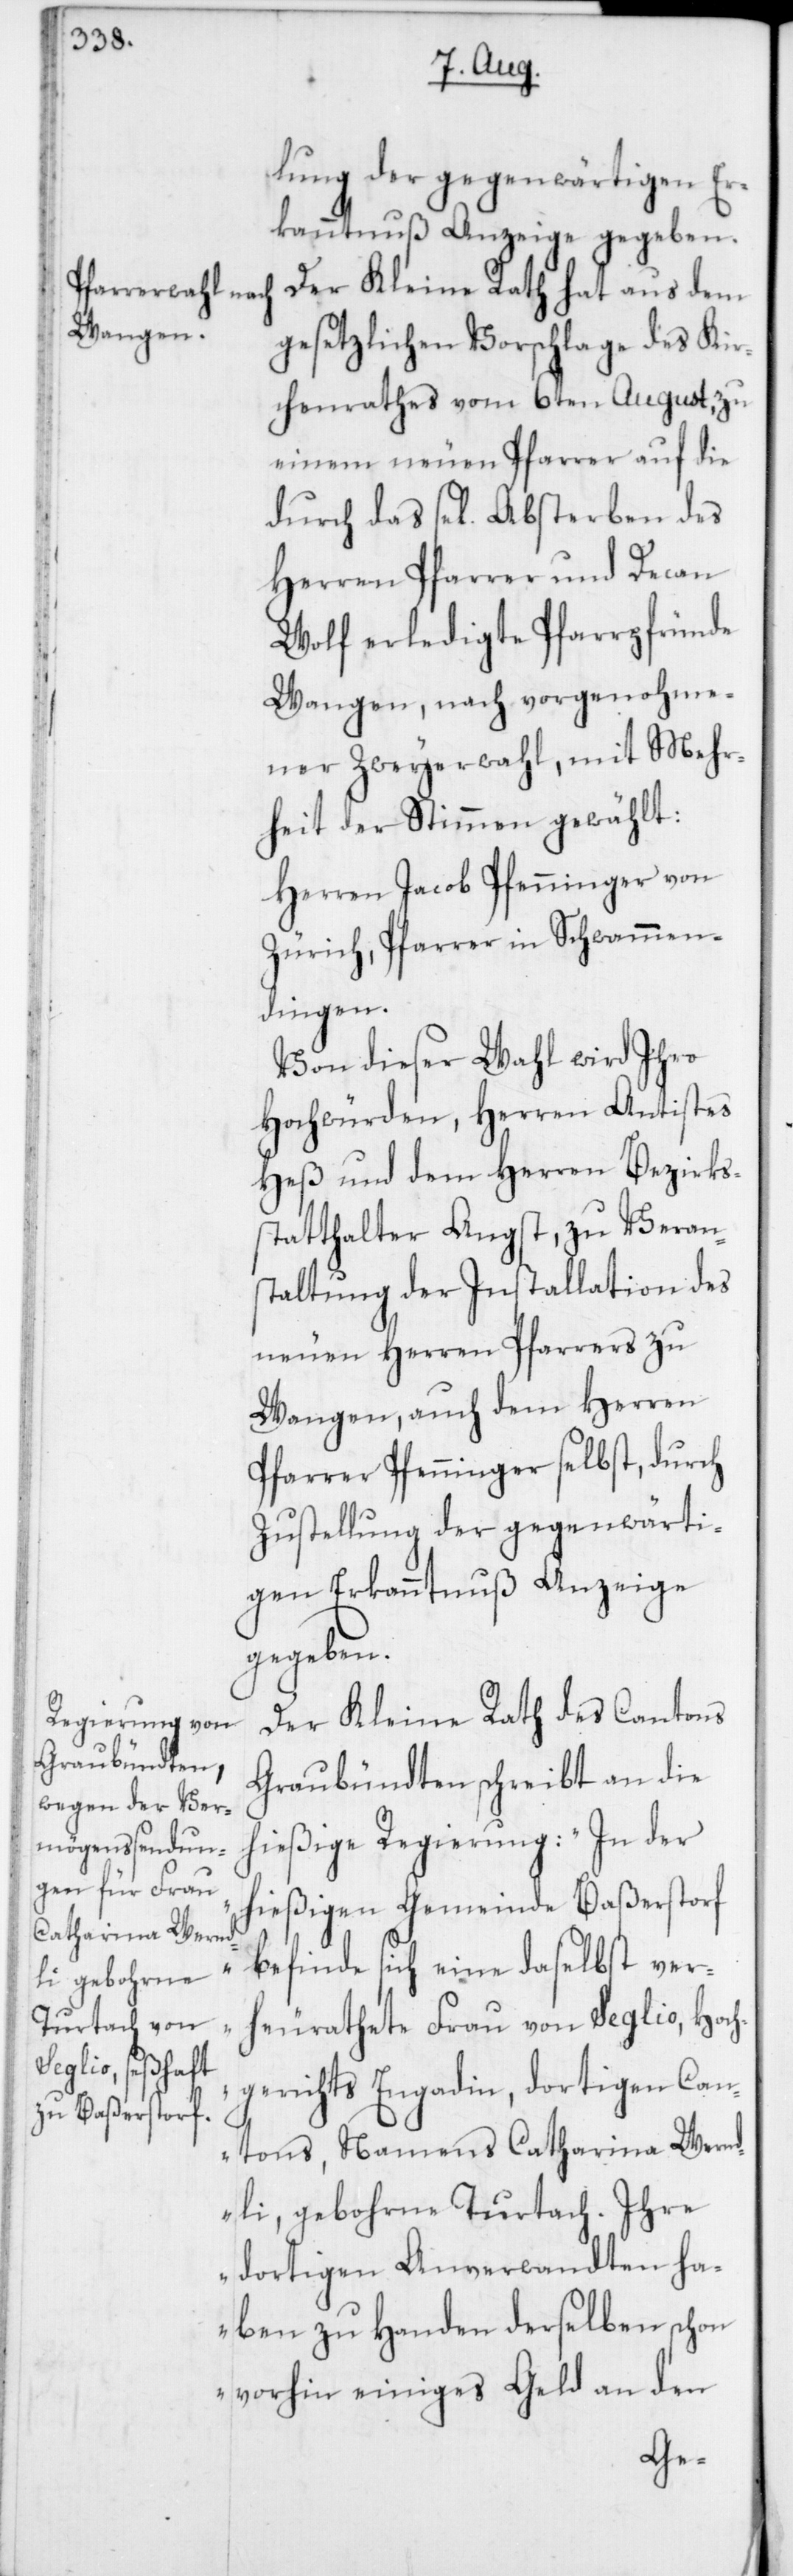
lung der gegenwärtigen Er¬
kanntnuß Anzeige gegeben.
Der Kleine Rath hat aus dem
gesetzlichen Vorschlage des Kir¬
chenrathes vom 6ten August zu
einem neuen Pfarrer auf die
durch das sel. Absterben des
Herren Pfarrer und Decan
Wolf erledigte Pfarrpfründe
Wangen, nach vorgenohme¬
ner Zweyerwahl, mit Mehr¬
heit der Stimmen gewählt:
Herren Jacob Pfenninger von
Zürich, Pfarrer in Schwammen¬
dingen.
Von dieser Wahl wird Ihro
Hochwürden, Herren Antistes
Heß und dem Herren Bezirks¬
statthalter Angst, zu Verans¬
taltung der Installation des
neuen Herren Pfarrers zu
Wangen, auch dem Herren
Pfarrer Pfenninger selbst, durch
Zustellung der gegenwärti¬
gen Erkanntnuß Anzeige
gegeben.
Der Kleine Rath des Cantons
Graubündten schreibt an die
hießige Regierung: „In der
hießigen Gemeinde Baßerstorf
befinde sich eine daselbst ver¬
heurathete Frau von Seglio, Hoch¬
gerichts Engadin, dortigen Can¬
tons, Namens Catharina Wernd¬
li, gebohrne Turtach. Ihre
dortigen Anverwandten ha¬
ben zu Handen derselben schon
vorhin einiges Geld an den